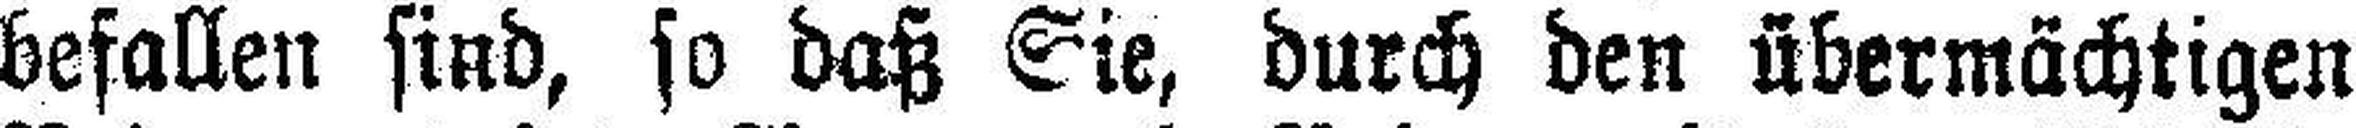
befallen sind, so daß Sie, durch den übermächtigen